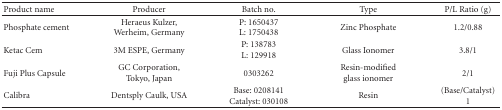
| Product name | Producer | Batch no. | Type | P/L Ratio (g) |
 | --- | --- | --- | --- | --- |
 | Phosphate cement | Heraeus Kulzer, Werheim, Germany | P: 1650437L: 1750438 | Zinc Phosphate | 1.2/0.88 |
 | Ketac Cem | 3M ESPE, Germany | P: 138783L: 129918 | Glass Ionomer | 3.8/1 |
 | Fuji Plus Capsule | GC Corporation, Tokyo, Japan | 0303262 | Resin-modified glass ionomer | 2/1 |
 | Calibra | Dentsply Caulk, USA | Base: 0208141Catalyst: 030108 | Resin | (Base/Catalyst)1 |